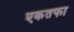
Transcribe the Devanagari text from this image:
एकतफा